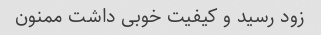
زود رسید و کیفیت خوبی داشت ممنون